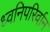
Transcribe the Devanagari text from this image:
ध्वनिपरिर्वान